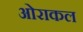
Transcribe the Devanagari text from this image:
ओराकल